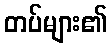
တပ်များ၏